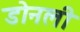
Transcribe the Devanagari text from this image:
डोनली